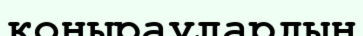
қоңыраулардың